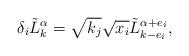
LaTeX: \begin{align*}\delta_i\tilde{L}_{k}^{\alpha}=\sqrt{k_j}\sqrt{x_i}\tilde{L}_{k-e_i}^{\alpha+e_i},\end{align*}